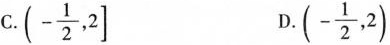
C.$$\left (- \frac{1}{2},2\right ]$$ D.$$(- \frac{1}{2},2)